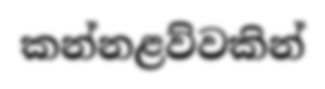
කන්නළව්වකින්